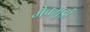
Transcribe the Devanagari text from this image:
मैक्मुर्डो